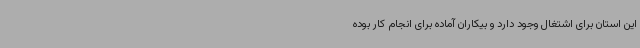
این استان برای اشتغال وجود دارد و بیکاران آماده برای انجام کار بوده